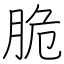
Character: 脆